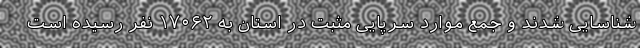
شناسایی شدند و جمع موارد سرپایی مثبت در استان به ۱۷۰۶۲ نفر رسیده است